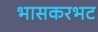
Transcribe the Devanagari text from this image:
भासकरभट